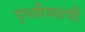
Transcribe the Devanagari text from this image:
पृथ्वीव्यापी